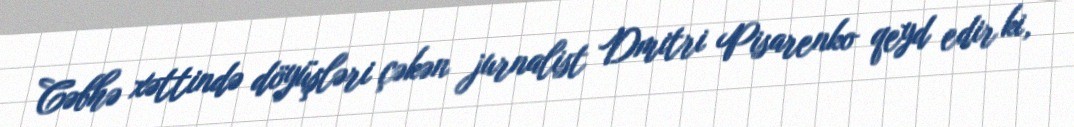
Cəbhə xəttində döyüşləri çəkən jurnalist Dmitri Pisarenko qeyd edir ki,